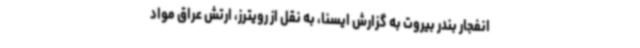
انفجار بندر بیروت به گزارش ایسنا، به نقل از رویترز، ارتش عراق مواد